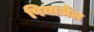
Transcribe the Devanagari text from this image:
पियाज़ेल